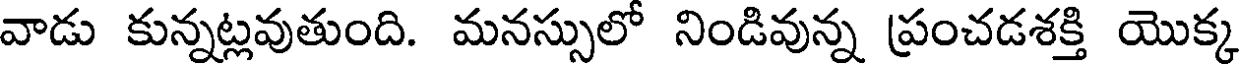
వాడు కున్నట్లవుతుంది. మనస్సులో నిండివున్న ప్రంచడశక్తి యొక్క